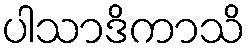
ပါသာဒိကာသိ